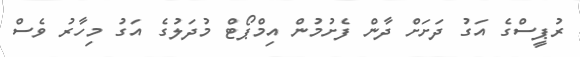
ރުޕީސްގެ އަގު ދަށަށް ދާން ފެށުމުން އިމްޕޯޓް މުދަލުގެ އަގު މިހާރު ވެސް